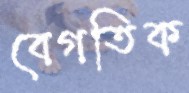
বেগতিক